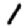
Digit: 1